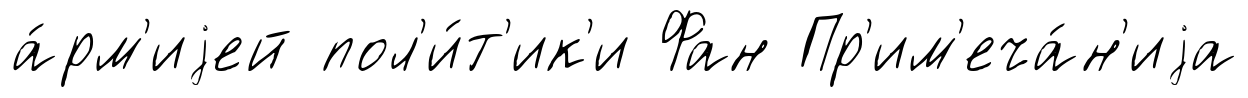
а́рм'иjей пол'и́т'ик'и Фан Пр'им'еча́н'иjа